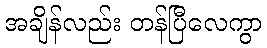
အချိန်လည်း တန်ပြီလေကွာ